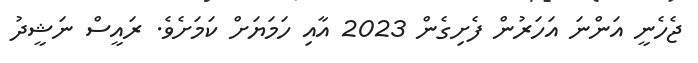
ޖެހެނީ އަންނަ އަހަރުން ފެށިގެން 2023 އާއި ހަމަޔަށް ކަމަށެވެ. ރައީސް ނަޝީދު